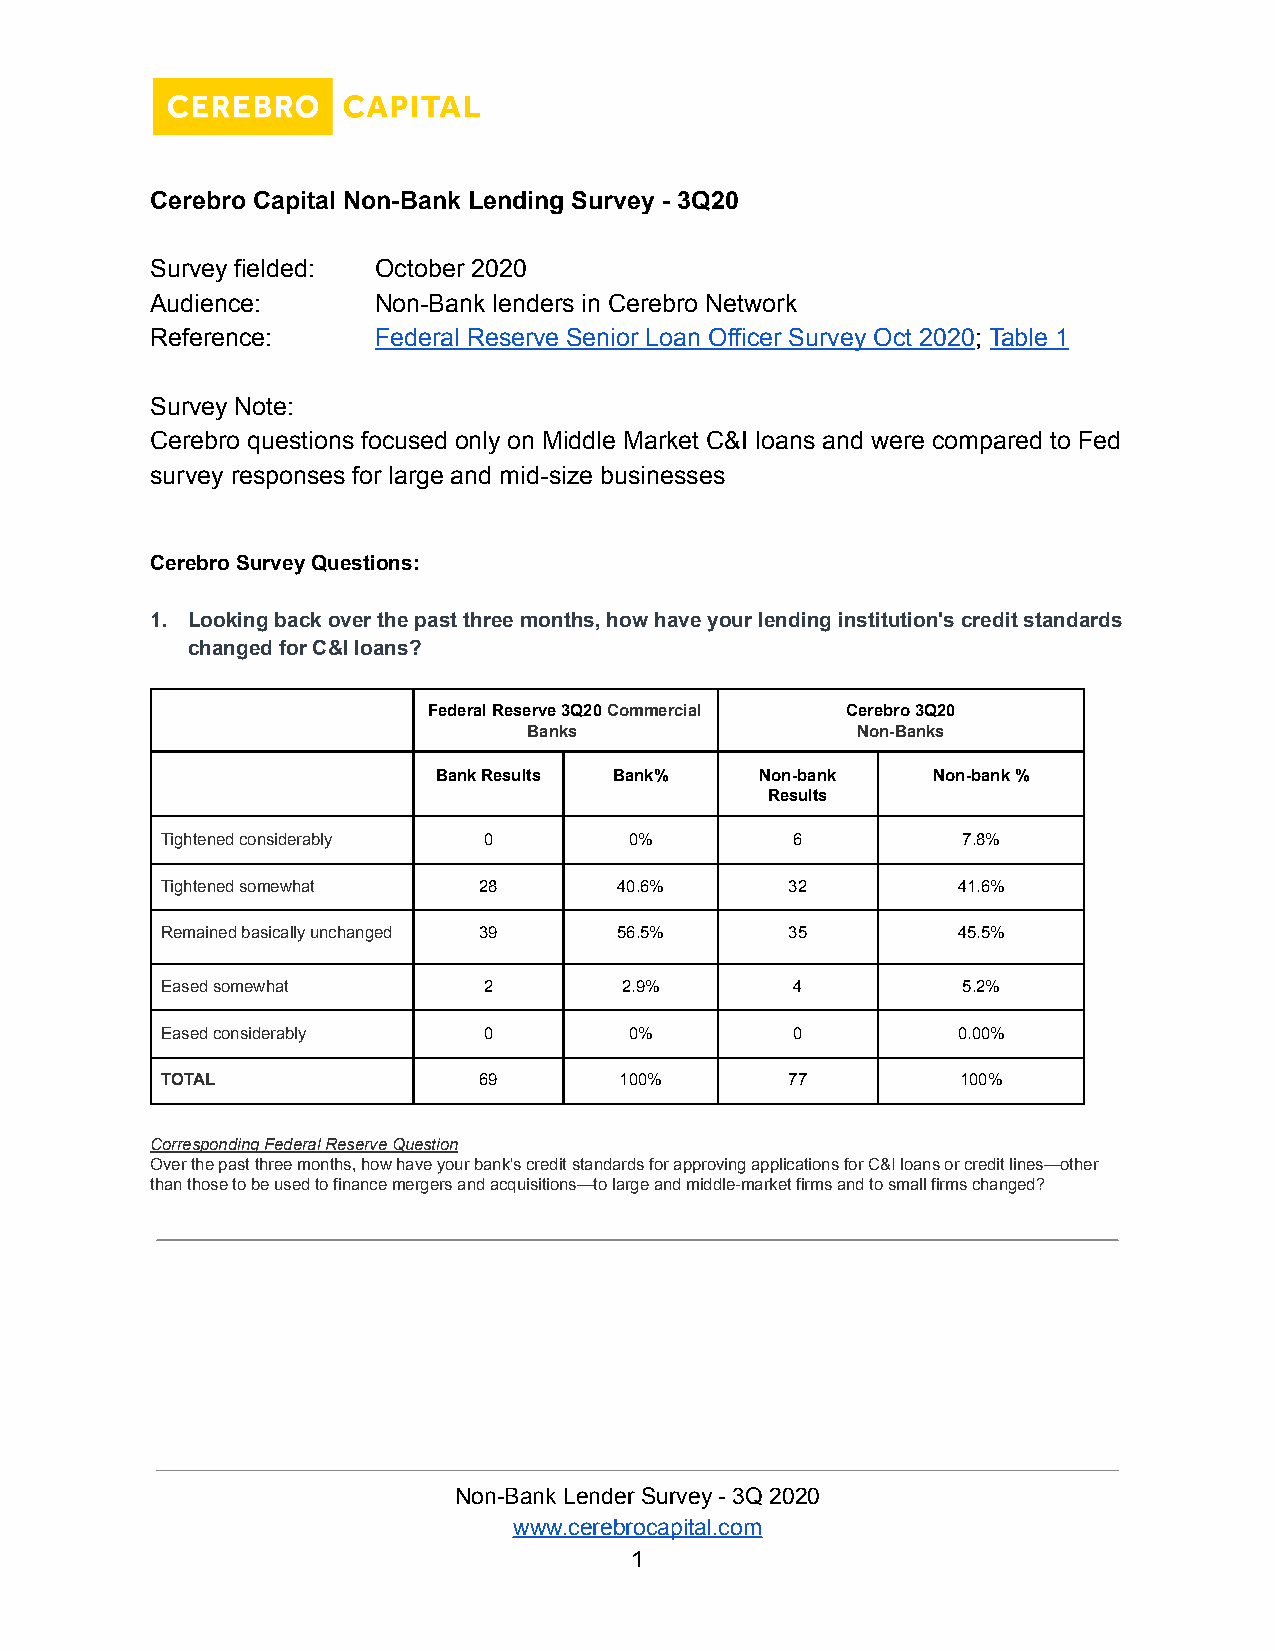
Cerebro Capital Non-Bank Lending Survey - 3Q20
 Survey fielded: October 2020
 Audience:      Non-Bank lenders in Cerebro Network
 Reference:     Federal Reserve Senior Loan Officer Survey Oct 2020; Table 1
 Survey Note:
 Cerebro questions focused only on Middle Market C&I loans and were compared to Fed
 survey responses for large and mid-size businesses
 Cerebro Survey Questions:
 1. Looking back over the past three months, how have your lending institution's credit standards
 changed for C&I loans?
 Federal Reserve 3Q20Commercial Cerebro 3Q20
 Banks                 Non-Banks
 Bank Results Bank%   Non-bank    Non-bank %
 Results
 Tightened considerably 0       0%         6          7.8%
 Tightened somewhat   28       40.6%      32         41.6%
 Remained basically unchanged 39 56.5%    35         45.5%
 Eased somewhat       2        2.9%        4          5.2%
 Eased considerably   0         0%         0         0.00%
 TOTAL                69       100%       77          100%
 Corresponding Federal Reserve Question
 Over the past three months, how have your bank's credit standards for approving applications for C&I loans or credit lines—other
 than those to be used to finance mergers and acquisitions—to large and middle-market firms and to small firms changed?
 Non-Bank Lender Survey - 3Q 2020
 www.cerebrocapital.com
 1